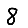
Digit: 8